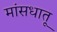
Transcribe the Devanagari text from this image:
मांसधातू